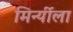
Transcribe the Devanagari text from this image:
मिर्न्यीला